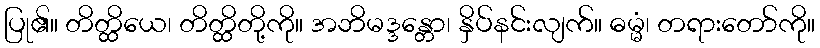
ပြု၏။ တိတ္ထိယေ၊ တိတ္ထိတို့ကို။ အဘိမဒ္ဒန္တော၊ နှိပ်နင်းလျက်။ ဓမ္မံ၊ တရားတော်ကို။